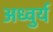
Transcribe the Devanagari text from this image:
अध्वुर्य